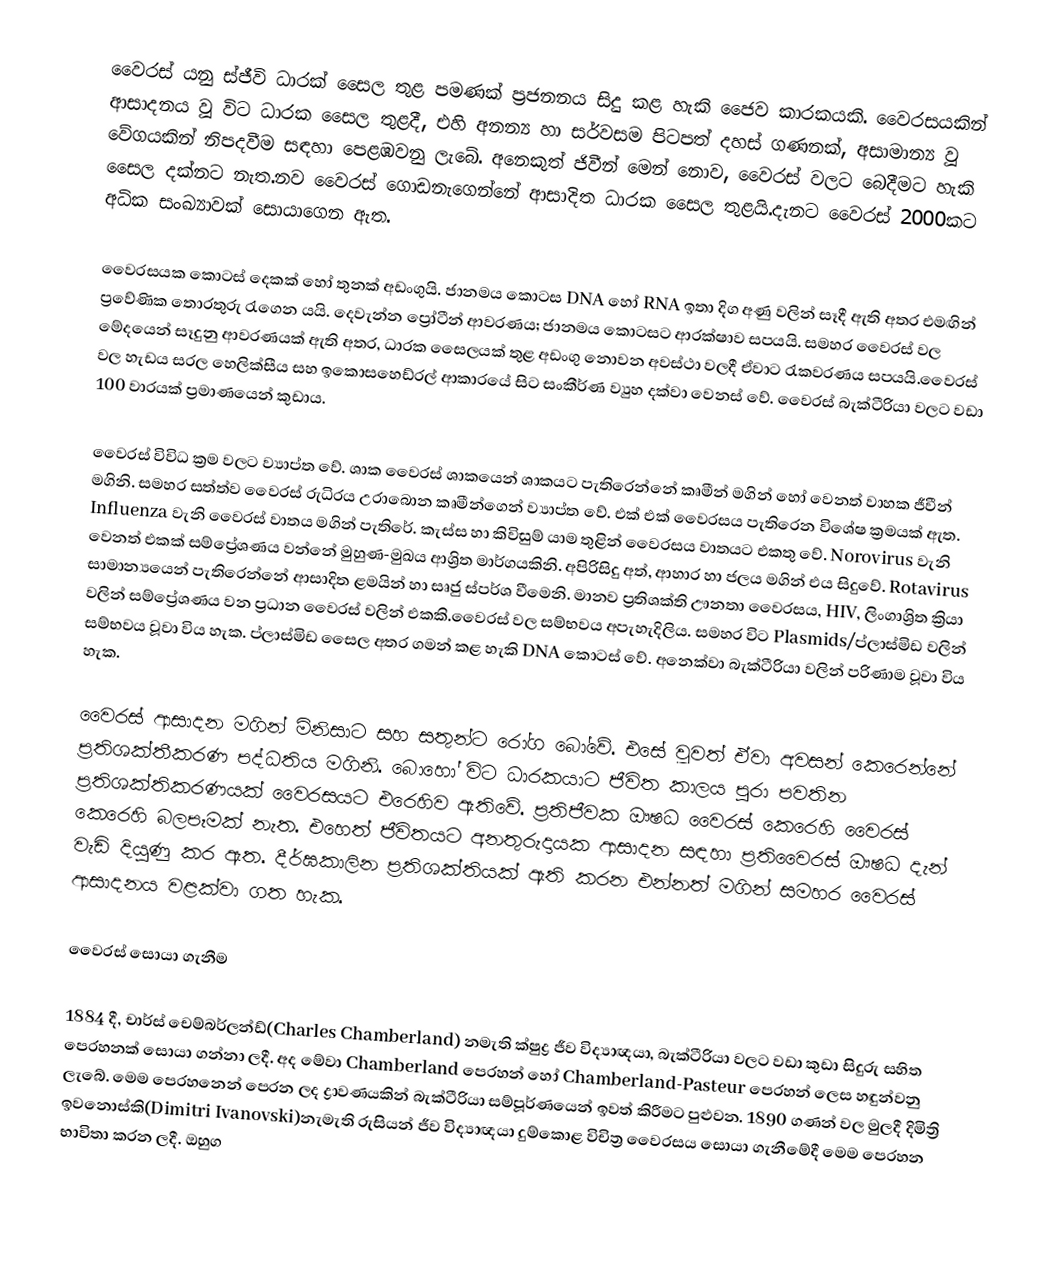
වෛරස් යනු ස්ජීවි ධාරක් සෛල තුළ පමණක් ප්‍රජනනය සිදු කළ හැකි ජෛව කාරකයකි. වෛරසයකින් ආසාදනය වූ විට ධාරක සෛල තුළදී, එහි අනන්‍ය හා සර්වසම පිටපත් දහස් ගණනක්, අසාමාන්‍ය වූ වේගයකින් නිපදවීම සඳහා පෙළඹවනු ලැබේ. අනෙකුත් ජිවීන් මෙන් නොව, වෛරස් වලට බෙදීමට හැකි සෛල දක්නට නැත.නව වෛරස් ගොඩනැගෙන්නේ ආසාදිත ධාරක සෛල තුළයි.දැනට වෛරස් 2000කට අධික සංඛ්‍යාවක් සොයාගෙන ඇත.

වෛරසයක කොටස් දෙකක් හෝ තුනක් අඩංගුයි. ජානමය කොටස DNA හෝ RNA ඉතා දිග අණු වලින් සෑදී ඇති අතර එමඟින් ප්‍රවේණික තොරතුරු රැගෙන යයි. දෙවැන්න ප්‍රෝටීන් ආවරණය; ජානමය කොටසට ආරක්ෂාව සපයයි. සමහර වෛරස් වල මේදයෙන් සෑදුනු ආවරණයක් ඇති අතර, ධාරක සෛලයක් තුළ අඩංගු නොවන අවස්ථා වලදී ඒවාට රැකවරණය සපයයි.වෛරස් වල හැඩය සරල හෙලික්සීය සහ ඉකොසහෙඩ්රල් ආකාරයේ සිට සංකීර්ණ ව්‍යුහ දක්වා වෙනස් වේ. වෛරස් බැක්ටීරියා වලට වඩා 100 වාරයක් ප්‍රමාණයෙන් කුඩාය.

වෛරස් විවිධ ක්‍රම වලට ව්‍යාප්ත වේ. ශාක වෛරස් ශාකයෙන් ශාකයට පැතිරෙන්නේ කෘමීන් මගින් හෝ වෙනත් වාහක ජීවීන් මගිනි. සමහර සත්ත්ව වෛරස් රුධිරය උරාබොන කෘමීන්ගෙන් ව්‍යාප්ත වේ. එක් එක් වෛරසය පැතිරෙන විශේෂ ක්‍රමයක් ඇත. Influenza වැනි වෛරස් වාතය මගින් පැතිරේ. කැස්ස හා කිවිසුම් යාම තුළින් වෛරසය වාතයට එකතු වේ. Norovirus වැනි වෙනත් එකක් සම්ප්‍රේශණය වන්නේ මුහුණ-මුඛය ආශ්‍රිත මාර්ගයකිනි. අපිරිසිදු අත්, ආහාර හා ජලය මගින් එය සිදුවේ.  Rotavirus සාමාන්‍යයෙන් පැතිරෙන්නේ ආසාදිත ළමයින් හා සෘජු ස්පර්ශ වීමෙනි. මානව ප්‍රතිශක්ති ඌනතා වෛරසය, HIV, ලිංගාශ්‍රිත ක්‍රියා වලින් සම්ප්‍රේශණය වන ප්‍රධාන වෛරස් වලින් එකකි.වෛරස් වල සම්භවය අපැහැදිලිය. සමහර විට Plasmids/ප්ලාස්මිඩ වලින් සම්භවය වූවා විය හැක. ප්ලාස්මිඩ සෛල අතර ගමන් කළ හැකි DNA කොටස් වේ. අනෙක්වා බැක්ටීරියා වලින් පරිණාම වූවා විය හැක.

වෛරස් ආසාදන මගින් මිනිසාට සහ සතුන්ට රෝග බෝවේ. එසේ වූවත් ඒවා අවසන් කෙරෙන්නේ ප්‍රතිශක්තීකරණ පද්ධතිය මගිනි. බොහෝ විට ධාරකයාට ජීවිත කාලය පුරා පවතින ප්‍රතිශක්තිකරණයක් වෛරසයට එරෙහිව ඇතිවේ. ප්‍රතිජීවක ඖෂධ වෛරස් කෙරෙහි වෛරස් කෙරෙහි බලපෑමක් නැත. එහෙත් ජීවිතයට අනතුරුදායක ආසාදන සඳහා ප්‍රතිවෛරස් ඖෂධ දැන් වැඩි දියුණු කර ඇත. දීර්ඝකාලින ප්‍රතිශක්තියක් ඇති කරන එන්නත් මගින් සමහර වෛරස් ආසාදනය වළක්වා ගත හැක.

වෛරස් සොයා ගැනීම

1884 දී, චාර්ස් චෙම්බර්ලන්ඩ්(Charles Chamberland) නමැති ක්ෂුද්‍ර ජීව විද්‍යාඥයා, බැක්ටීරියා වලට වඩා කුඩා සිදුරු සහිත පෙරහනක් සොයා ගන්නා ලදී. අද මේවා Chamberland පෙරහන් හෝ Chamberland-Pasteur පෙරහන් ලෙස හඳුන්වනු ලැබේ. මෙම පෙරහනෙන් පෙරන ලද ද්‍රාවණයකින් බැක්ටීරියා සම්පූර්ණයෙන් ඉවත් කිරීමට පුළුවන. 1890 ගණන් වල මුලදී දිමිත්‍රි ඉවනොස්කි(Dimitri Ivanovski)නැමැති රුසියන් ජීව විද්‍යාඥයා දුම්කොළ විචිත්‍ර වෛරසය සොයා ගැනීමේදී මෙම පෙරහන භාවිතා කරන ලදී. ඔහුග